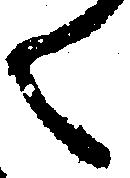
く